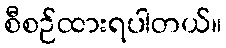
စီစဉ်ထားရပါတယ်။